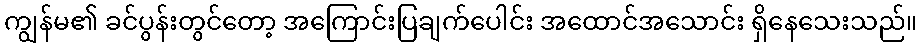
ကျွန်မ၏ ခင်ပွန်းတွင်တော့ အကြောင်းပြချက်ပေါင်း အထောင်အသောင်း ရှိနေသေးသည်။